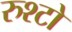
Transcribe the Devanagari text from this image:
रुश्टो